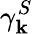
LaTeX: \gamma_{\mathbf{k}}^{S}